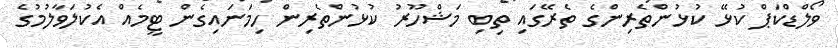
ވޯލްޑްކަޕް ކުޅޭ ކުޅުންތެރިންގެ ތެރޭގައި ތިބި މަޝްހޫރު ކުޅުންތެރިން ހިމަނައިގެން ޓީމެއް އެކުލަވާލުމުގެ